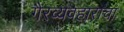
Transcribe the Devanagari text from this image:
गैरव्यवहाराचा